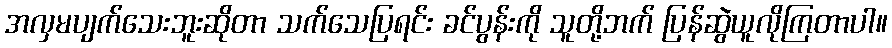
အလှမပျက်သေးဘူးဆိုတာ သက်သေပြရင်း ခင်ပွန်းကို သူတို့ဘက် ပြန်ဆွဲယူလိုကြတာပါ။